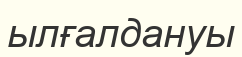
ылғалдануы